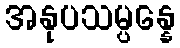
အနုပသမ္ပန္နေ